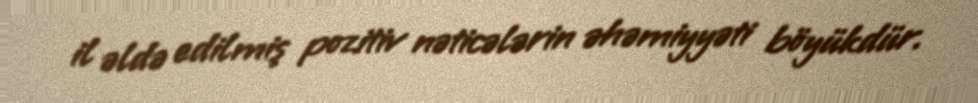
il əldə edilmiş pozitiv nəticələrin əhəmiyyəti böyükdür.